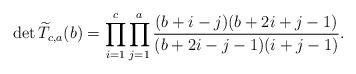
LaTeX: \begin{align*} \det \widetilde{T}_{c,a}(b)=\prod_{i=1}^c\prod_{j=1}^a\frac{(b+i-j)(b+2i+j-1)}{(b+2i-j-1)(i+j-1)}.\end{align*}